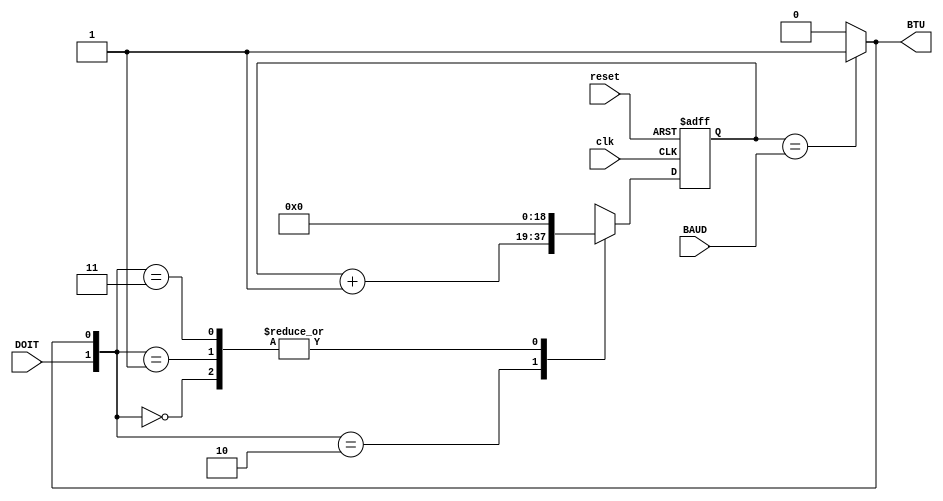
`timescale 1ns / 1ps
//////////////////////////////////////////////////////////////////////////////////
// Company: 
// Engineer: 
// 
// Design Name: 
// Module Name:    Bit_Time_Counter 
// Project Name: 
// Target Devices: 
// Tool versions: 
// Description: 
//
// Dependencies: 
//
// Revision: 
// Revision 0.01 - File Created
// Additional Comments: 
//
//////////////////////////////////////////////////////////////////////////////////
module Bit_Time_Counter( clk, reset, DOIT, BAUD, BTU );

input         clk, reset, DOIT;
input  [18:0] BAUD;
output        BTU;

reg [18:0] D_Out, n_D_Out;

always @ (posedge clk, posedge reset)
begin

   if(reset)
	   D_Out <= 19'b0;
	else
	   D_Out <= n_D_Out;

end

always @ (*)
begin

   case( {DOIT,BTU} )
      2'b00: n_D_Out <= 19'b0;
	   2'b01: n_D_Out <= 19'b0;
	   2'b10: n_D_Out <= D_Out + 19'b1;
	   2'b11: n_D_Out <= 19'b0;
	default : n_D_Out <= D_Out;
	endcase

end

assign BTU = (D_Out == BAUD) ? 1'b1 : 1'b0;

endmodule